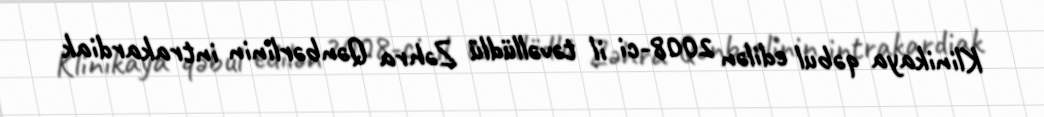
Klinikaya qəbul edilən 2008-ci il təvəllüdlü Zəhra Qənbərlinin intrakardiak